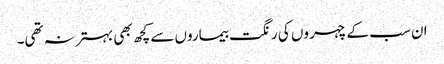
ان سب کے چہر وں کی رنگت بیماروں سے کچھ بھی بہتر نہ تھی۔